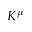
K ^ { \mu }